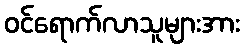
ဝင်ရောက်လာသူများအား